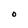
Character: O